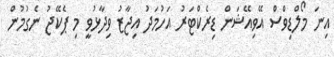
އިނަ މޯލްޑިވްސް އޭވިއޭޝަން ޑިރެކްޓަރު އަހުމަދު އިޖާޒު ވިދާޅުވީ މި ޕެކޭޖު ނެގުމުން